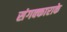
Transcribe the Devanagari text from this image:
संगक्काराके